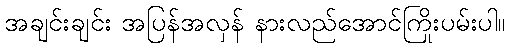
အချင်းချင်း အပြန်အလှန် နားလည်အောင်ကြိုးပမ်းပါ။